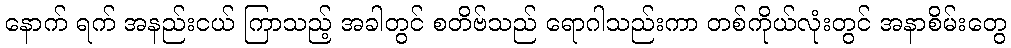
နောက် ရက် အနည်းငယ် ကြာသည့် အခါတွင် စတိဗ်သည် ရောဂါသည်းကာ တစ်ကိုယ်လုံးတွင် အနာစိမ်းတွေ